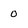
Character: 0